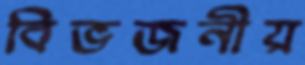
বিভজনীয়